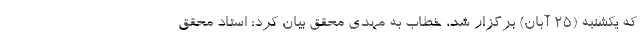
که یکشنبه (۲۵ آبان) برگزار شد، خطاب به مهدی محقق بیان کرد: استاد محقق